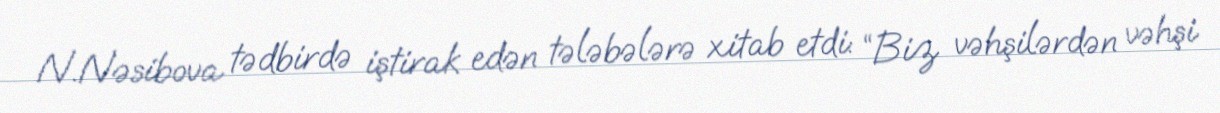
N.Nəsibova tədbirdə iştirak edən tələbələrə xitab etdi: “Biz vəhşilərdən vəhşi